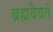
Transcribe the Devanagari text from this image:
ब्रह्मवैवतं